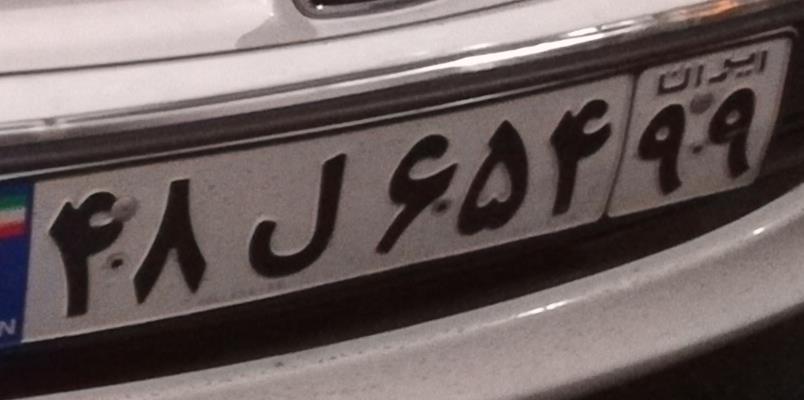
۴۸ل۶۵۴۹۹